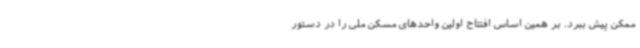
ممکن پیش ببرد. بر همین اساس افتتاح اولین واحدهای مسکن ملی را در دستور